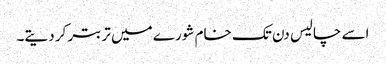
اسے چالیس دن تک خام شورے میں تربتر کر دیتے۔